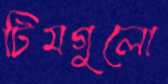
টিমগুলো